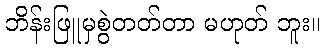
ဘိန်းဖြူမှစွဲတတ်တာ မဟုတ် ဘူး။